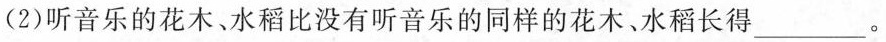
(2)听音乐的花木、水稻比没有听音乐的同样的花木、水稻长得___。